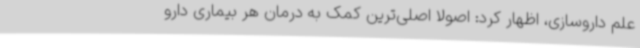
علم داروسازی، اظهار کرد: اصولاً اصلی‌ترین کمک به درمان هر بیماری دارو